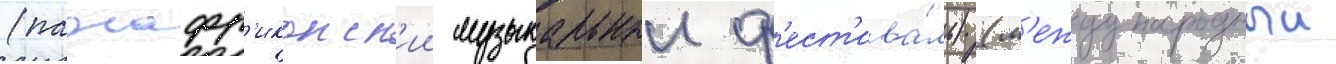
(панафр'иканск'ии музыкальныи ф'ест'ива́ль) (м'еждународныи